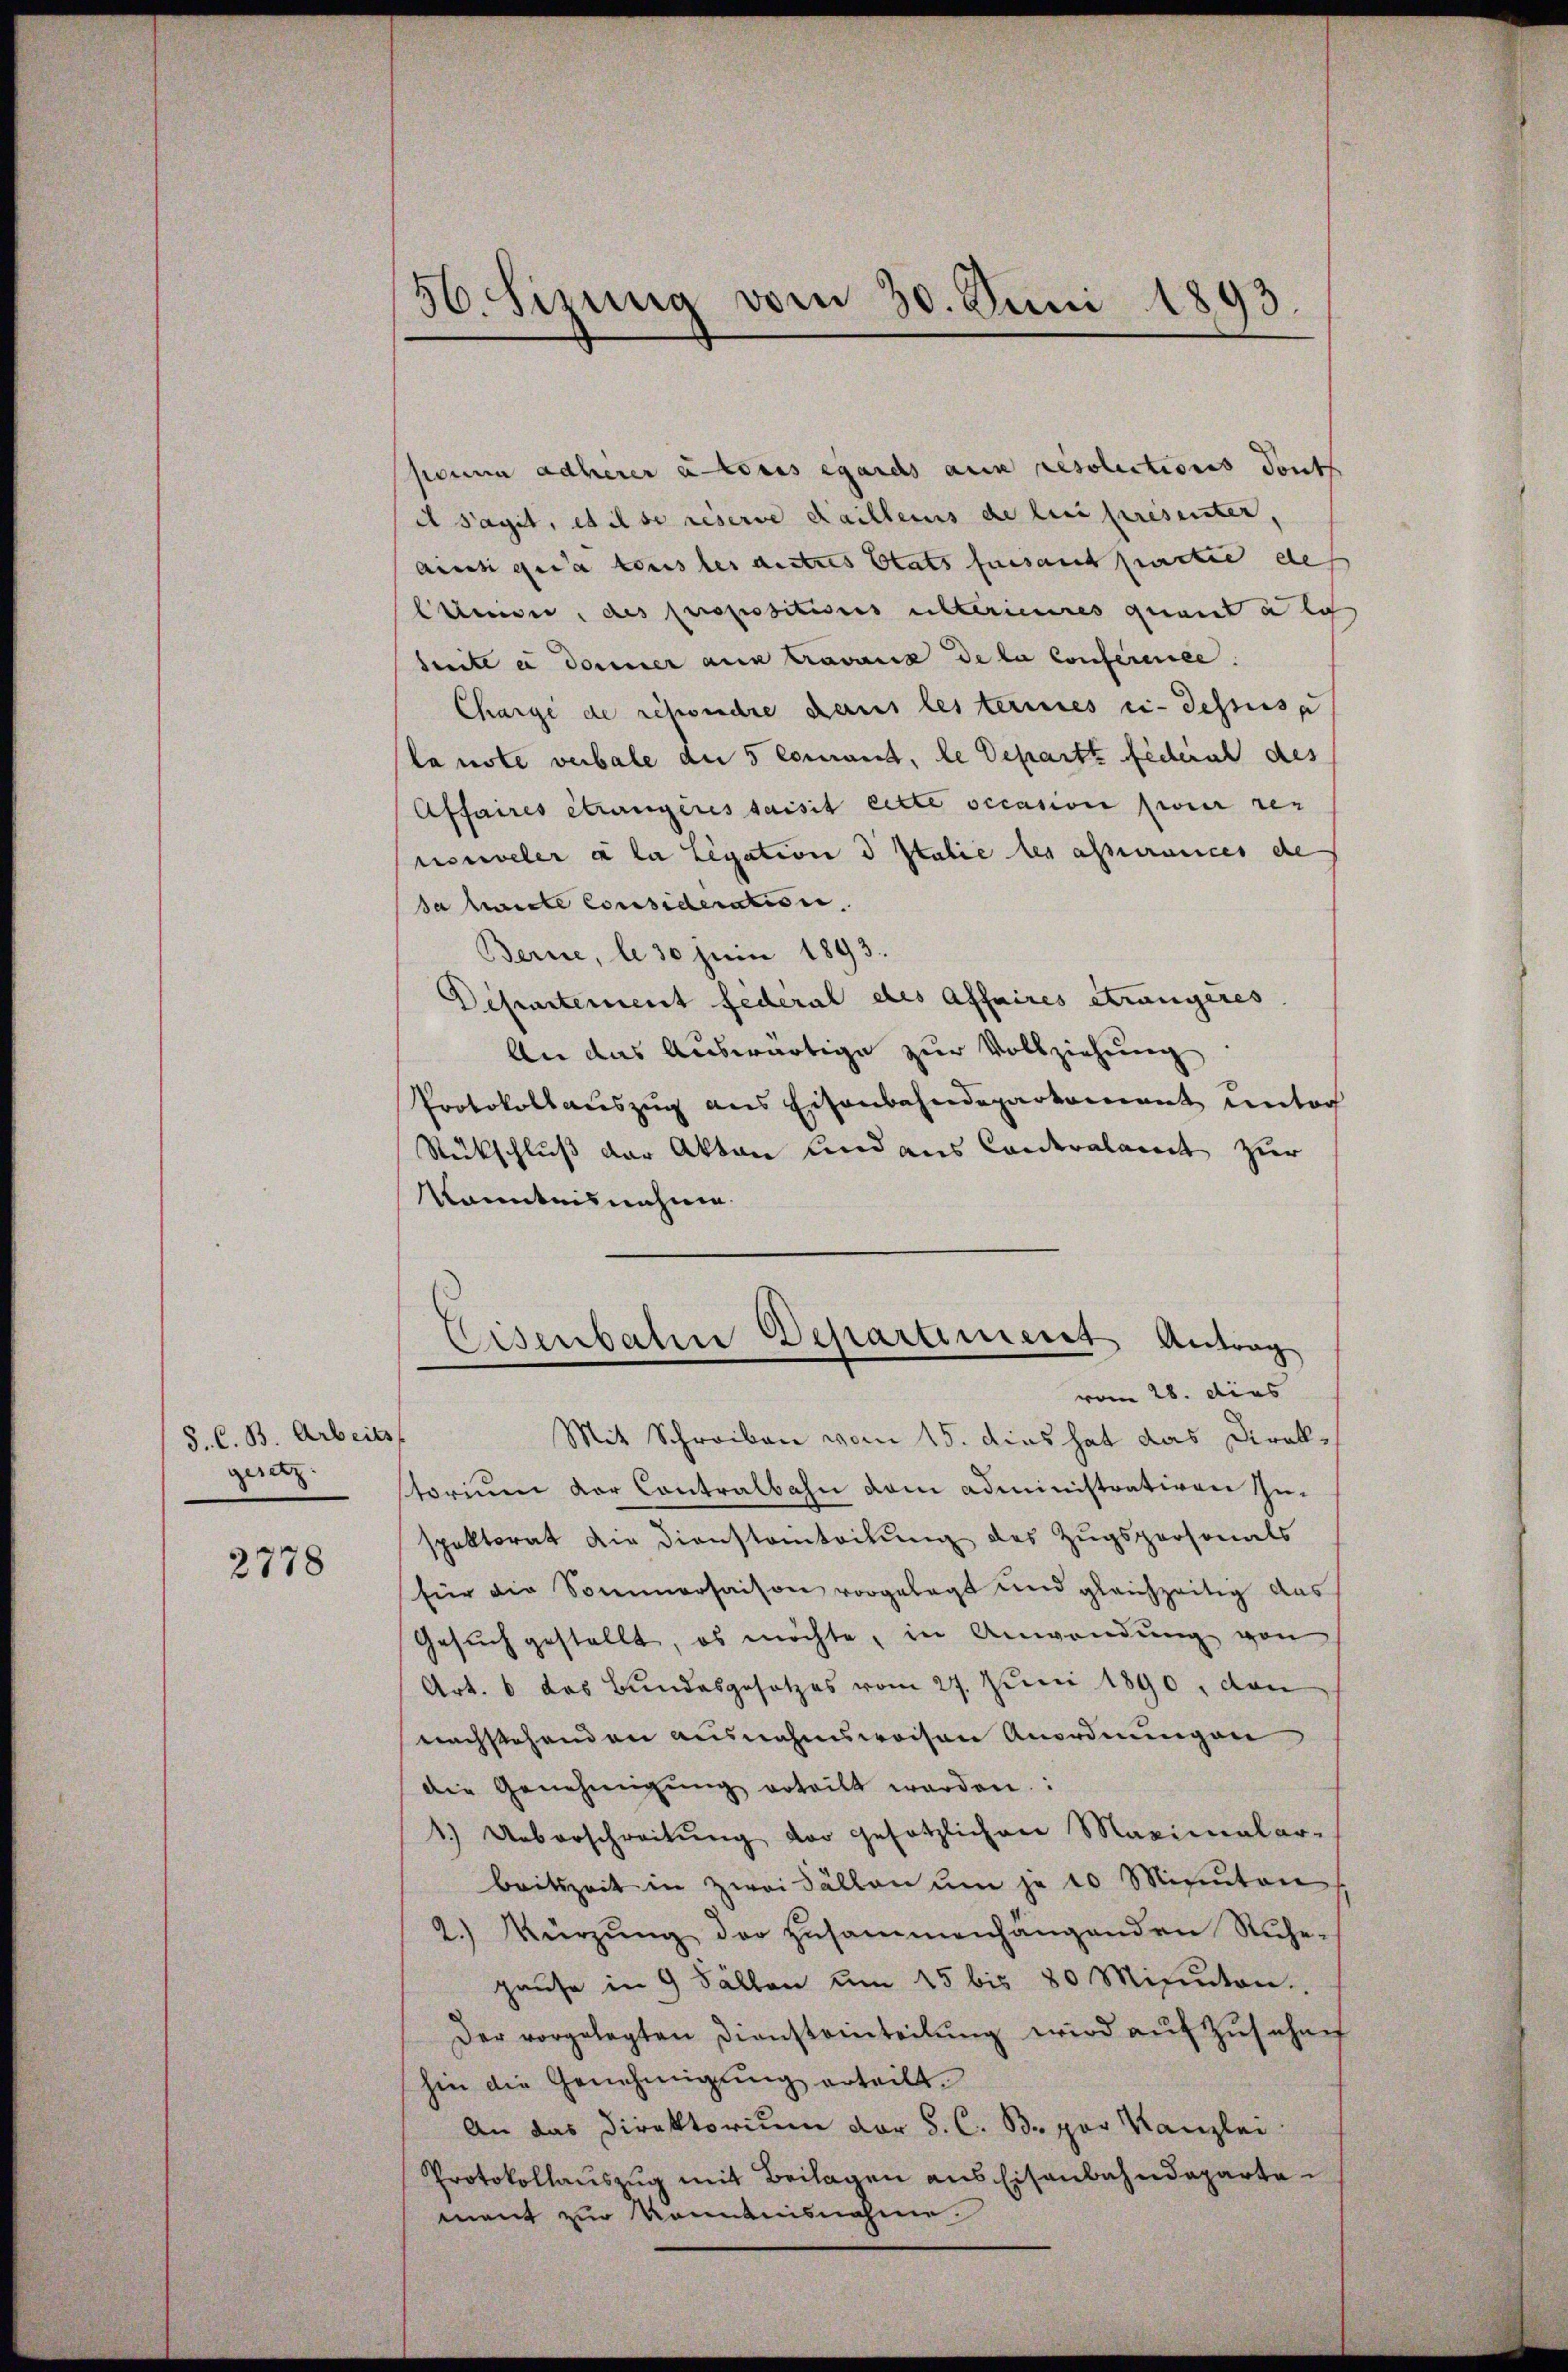
S. C. B. Arbeits
gesetz.

2778

paun adherer unteres egarchs aus resolections Tout
il s’agit, et il se reserve daillens de lini presenten,
ainsi quia tous les autres Etats faisant partie des
Etten, des Propositions unterieures quant a li
Seite e donner aus Cravaux de la Conference.
Charge de répondre dans les termines ci-dessus
la note verbale die 5 coment, le Departe fideal des
Affaires étrangeres saisit cette occasion pour rez
usnveler à la Legation d Italie les assurances de
da heute Consideration.
Berne, le 30 Juni 1893.
Departement fédéral des Affaires Strangeres
An das Auswärtige zur Vollziehung
Protokollauszug aus Eisenbahndepartement unter
Rückschluß der Akten und aus Canderalamt zur
Kenntnisnahme.
Eisenbaten Departement Antrag
vom 28. dies
Mit Schreiben vom 15. dies hat das Direkstorium der Contralbahn vom Administrativen zu-
spektorat die Dienstanteilung des Zugspersonals
für die Sommersaison vorgelegt und gleichzeitig das
Gesŭch gestellt, es möchte, in Anwendung von
Art. 6 das Bundesgesetzes vom 27. Juni 1890, den
nachstehenden ausnahmsweisen Anordnungen
die Genehmigŭng erteilt werden.
1.) Ueberschreitŭng vor gesetzlichen Maximalar-
beitszeit in zwei Fällen ŭm je 10 Minuten
2.) Kürzŭng der zusammenhängenden Rŭhe-
pause in 9 Fällen um 15 bis 80 Minuten.
Der vorgelegten Diensteinteilŭng wird aŭf Zŭsehen
hin die Genehmigung erteilt.
An das Direktorium der S. C. B. par Kanzlei
Protokollauszug mit Beilagen aus Eisenbahndeparte
ment zur Kenntnisnahme.

t
30. Sinne vom 30. Juni 1893.